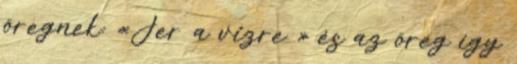
öregnek: «Jer a vizre » és az öreg így